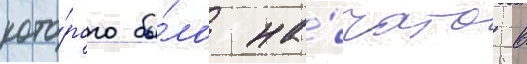
кото́рого бы́ло на́чато в